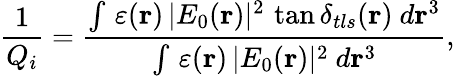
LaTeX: \frac{1}{Q_{i}}=\frac{\intop\, \varepsilon(\mathbf{r})\, |E_{0}(\mathbf{r})|^{2}\, \tan\delta_{tls}(\mathbf{r})\ d\mathbf{r}^{3}}{\intop\, \varepsilon(\mathbf{r})\, |E_{0}(\mathbf{r})|^{2}\ d\mathbf{r}^{3}},